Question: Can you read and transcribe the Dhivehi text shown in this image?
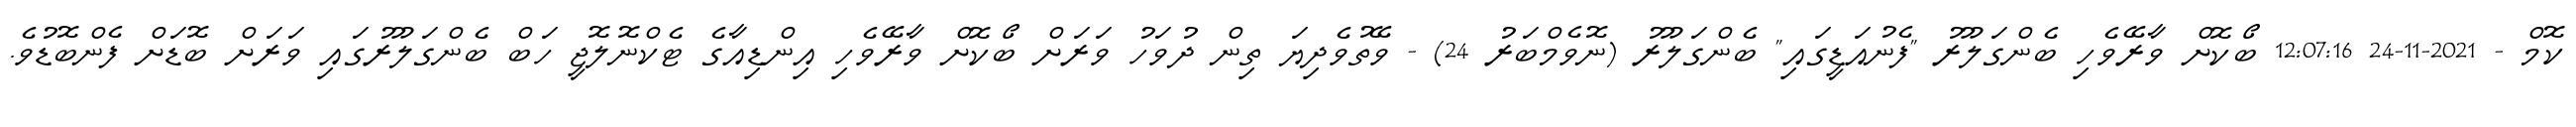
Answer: ކޮމް - 2021-11-24 12:07:16 ބޯކޮށް ވާރޭވެހި ބެންގަލޫރު "ފެނުއަޑީގައި" ބެންގަލޫރު (ނޮވެމްބަރު 24) - ވޭތުވެދިޔަ ތިން ދުވަހު ވަރަށް ބޯކޮށް ވާރޭވެހި އިންޑިއާގެ ޓެކްނޮލޮޖީ ހަބް ބެންގަލޫރުގައި ވަރަށް ބޮޑަށް ފެންބޮޑުވެ.